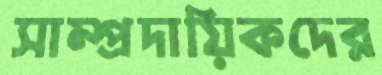
সাম্প্রদায়িকদের